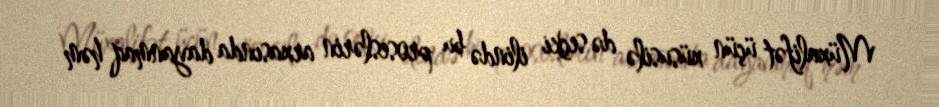
Müxalifət üçün xüsusilə də seçki ilində bu proseslərin arxasında dayanmaq həm